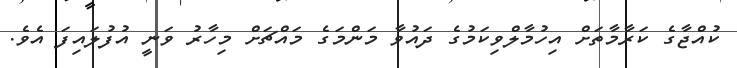
ކުއްޖާގެ ކަރާމާތަށް އިހުމާލްވިކަމުގެ ދައުވާ މަންމަގެ މައްޗަށް މިހާރު ވަނީ އުފުލައިފަ އެވެ.